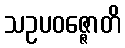
သဥပဝဇ္ဇောတိ